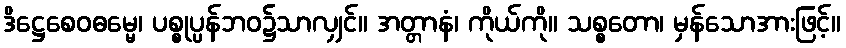
ဒိဋ္ဌေစေဝဓမ္မေ၊ ပစ္စုပ္ပန်ဘဝ၌သာလျှင်။ အတ္တာနံ၊ ကိုယ်ကို။ သစ္စတော၊ မှန်သောအားဖြင့်။